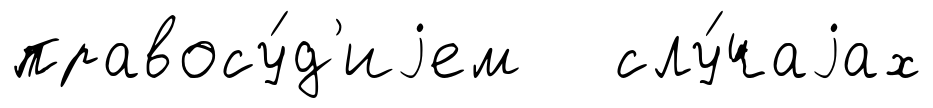
правосу́д'иjем слу́чаjах